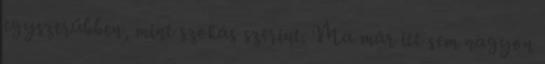
egyszerűbben, mint szokás szerint. Ma már itt sem nagyon